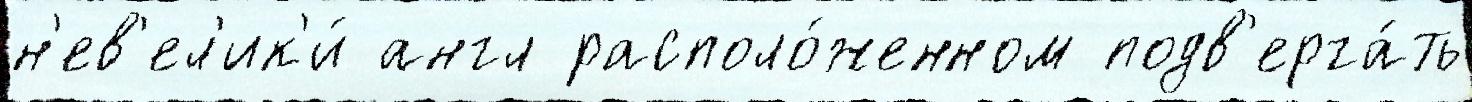
н'ев'ел'ик'и́ англ располо́женном подв'ерга́ть